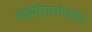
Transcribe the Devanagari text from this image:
ब्राह्मोसमाजका